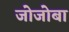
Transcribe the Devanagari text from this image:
जोजोबा